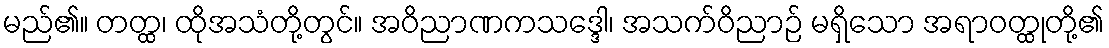
မည်၏။ တတ္ထ၊ ထိုအသံတို့တွင်။ အဝိညာဏကသဒ္ဒေါ၊ အသက်ဝိညာဉ် မရှိသော အရာဝတ္ထုတို့၏